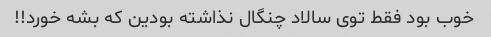
خوب بود فقط توی سالاد چنگال نذاشته بودین که بشه خورد!!